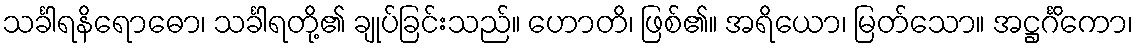
သင်္ခါရနိရောဓော၊ သင်္ခါရတို့၏ ချုပ်ခြင်းသည်။ ဟောတိ၊ ဖြစ်၏။ အရိယော၊ မြတ်သော။ အဋ္ဌင်္ဂိကော၊